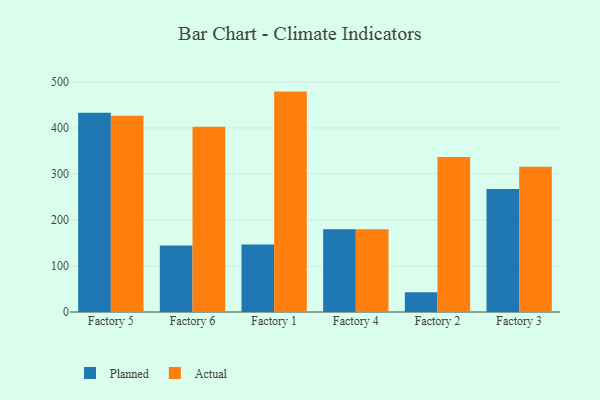
{"axis": {"x": "Factory", "y": "Energy Usage (MWh)"}, "legend": ["Actual", "Planned"], "data": [{"x": "Factory 5", "y": 433.1, "type": "Planned"}, {"x": "Factory 5", "y": 426.5, "type": "Actual"}, {"x": "Factory 6", "y": 144.5, "type": "Planned"}, {"x": "Factory 6", "y": 402.8, "type": "Actual"}, {"x": "Factory 1", "y": 146.5, "type": "Planned"}, {"x": "Factory 1", "y": 479.0, "type": "Actual"}, {"x": "Factory 4", "y": 180.1, "type": "Planned"}, {"x": "Factory 4", "y": 179.8, "type": "Actual"}, {"x": "Factory 2", "y": 42.8, "type": "Planned"}, {"x": "Factory 2", "y": 336.8, "type": "Actual"}, {"x": "Factory 3", "y": 267.4, "type": "Planned"}, {"x": "Factory 3", "y": 315.8, "type": "Actual"}]}